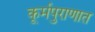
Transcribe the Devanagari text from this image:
कूर्मपुराणात